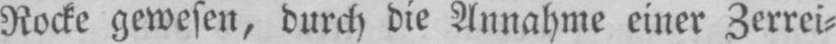
Rocke gewesen, durch die Annahme einer Zerrei⸗